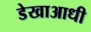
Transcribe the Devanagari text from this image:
डेखाआधी